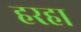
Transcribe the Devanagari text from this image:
हरहा